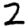
Digit: 2